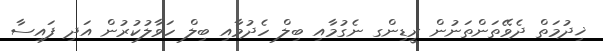
ޚިދުމަތް ދެވޭތަންތަނުން ރީޑިންގ ނެގުމާއި ބިލް ހެދުމާއި ބިލް ހަވާލުކުރުން އަދި ފައިސާ